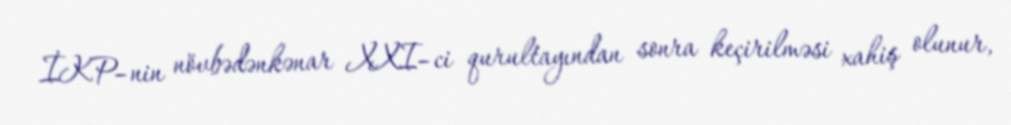
İKP–nin növbədənkənar XXI–ci qurultayından sonra keçirilməsi xahiş olunur,